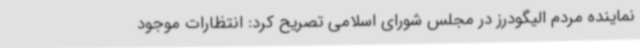
نماینده مردم الیگودرز در مجلس شورای اسلامی تصریح کرد: انتظارات موجود